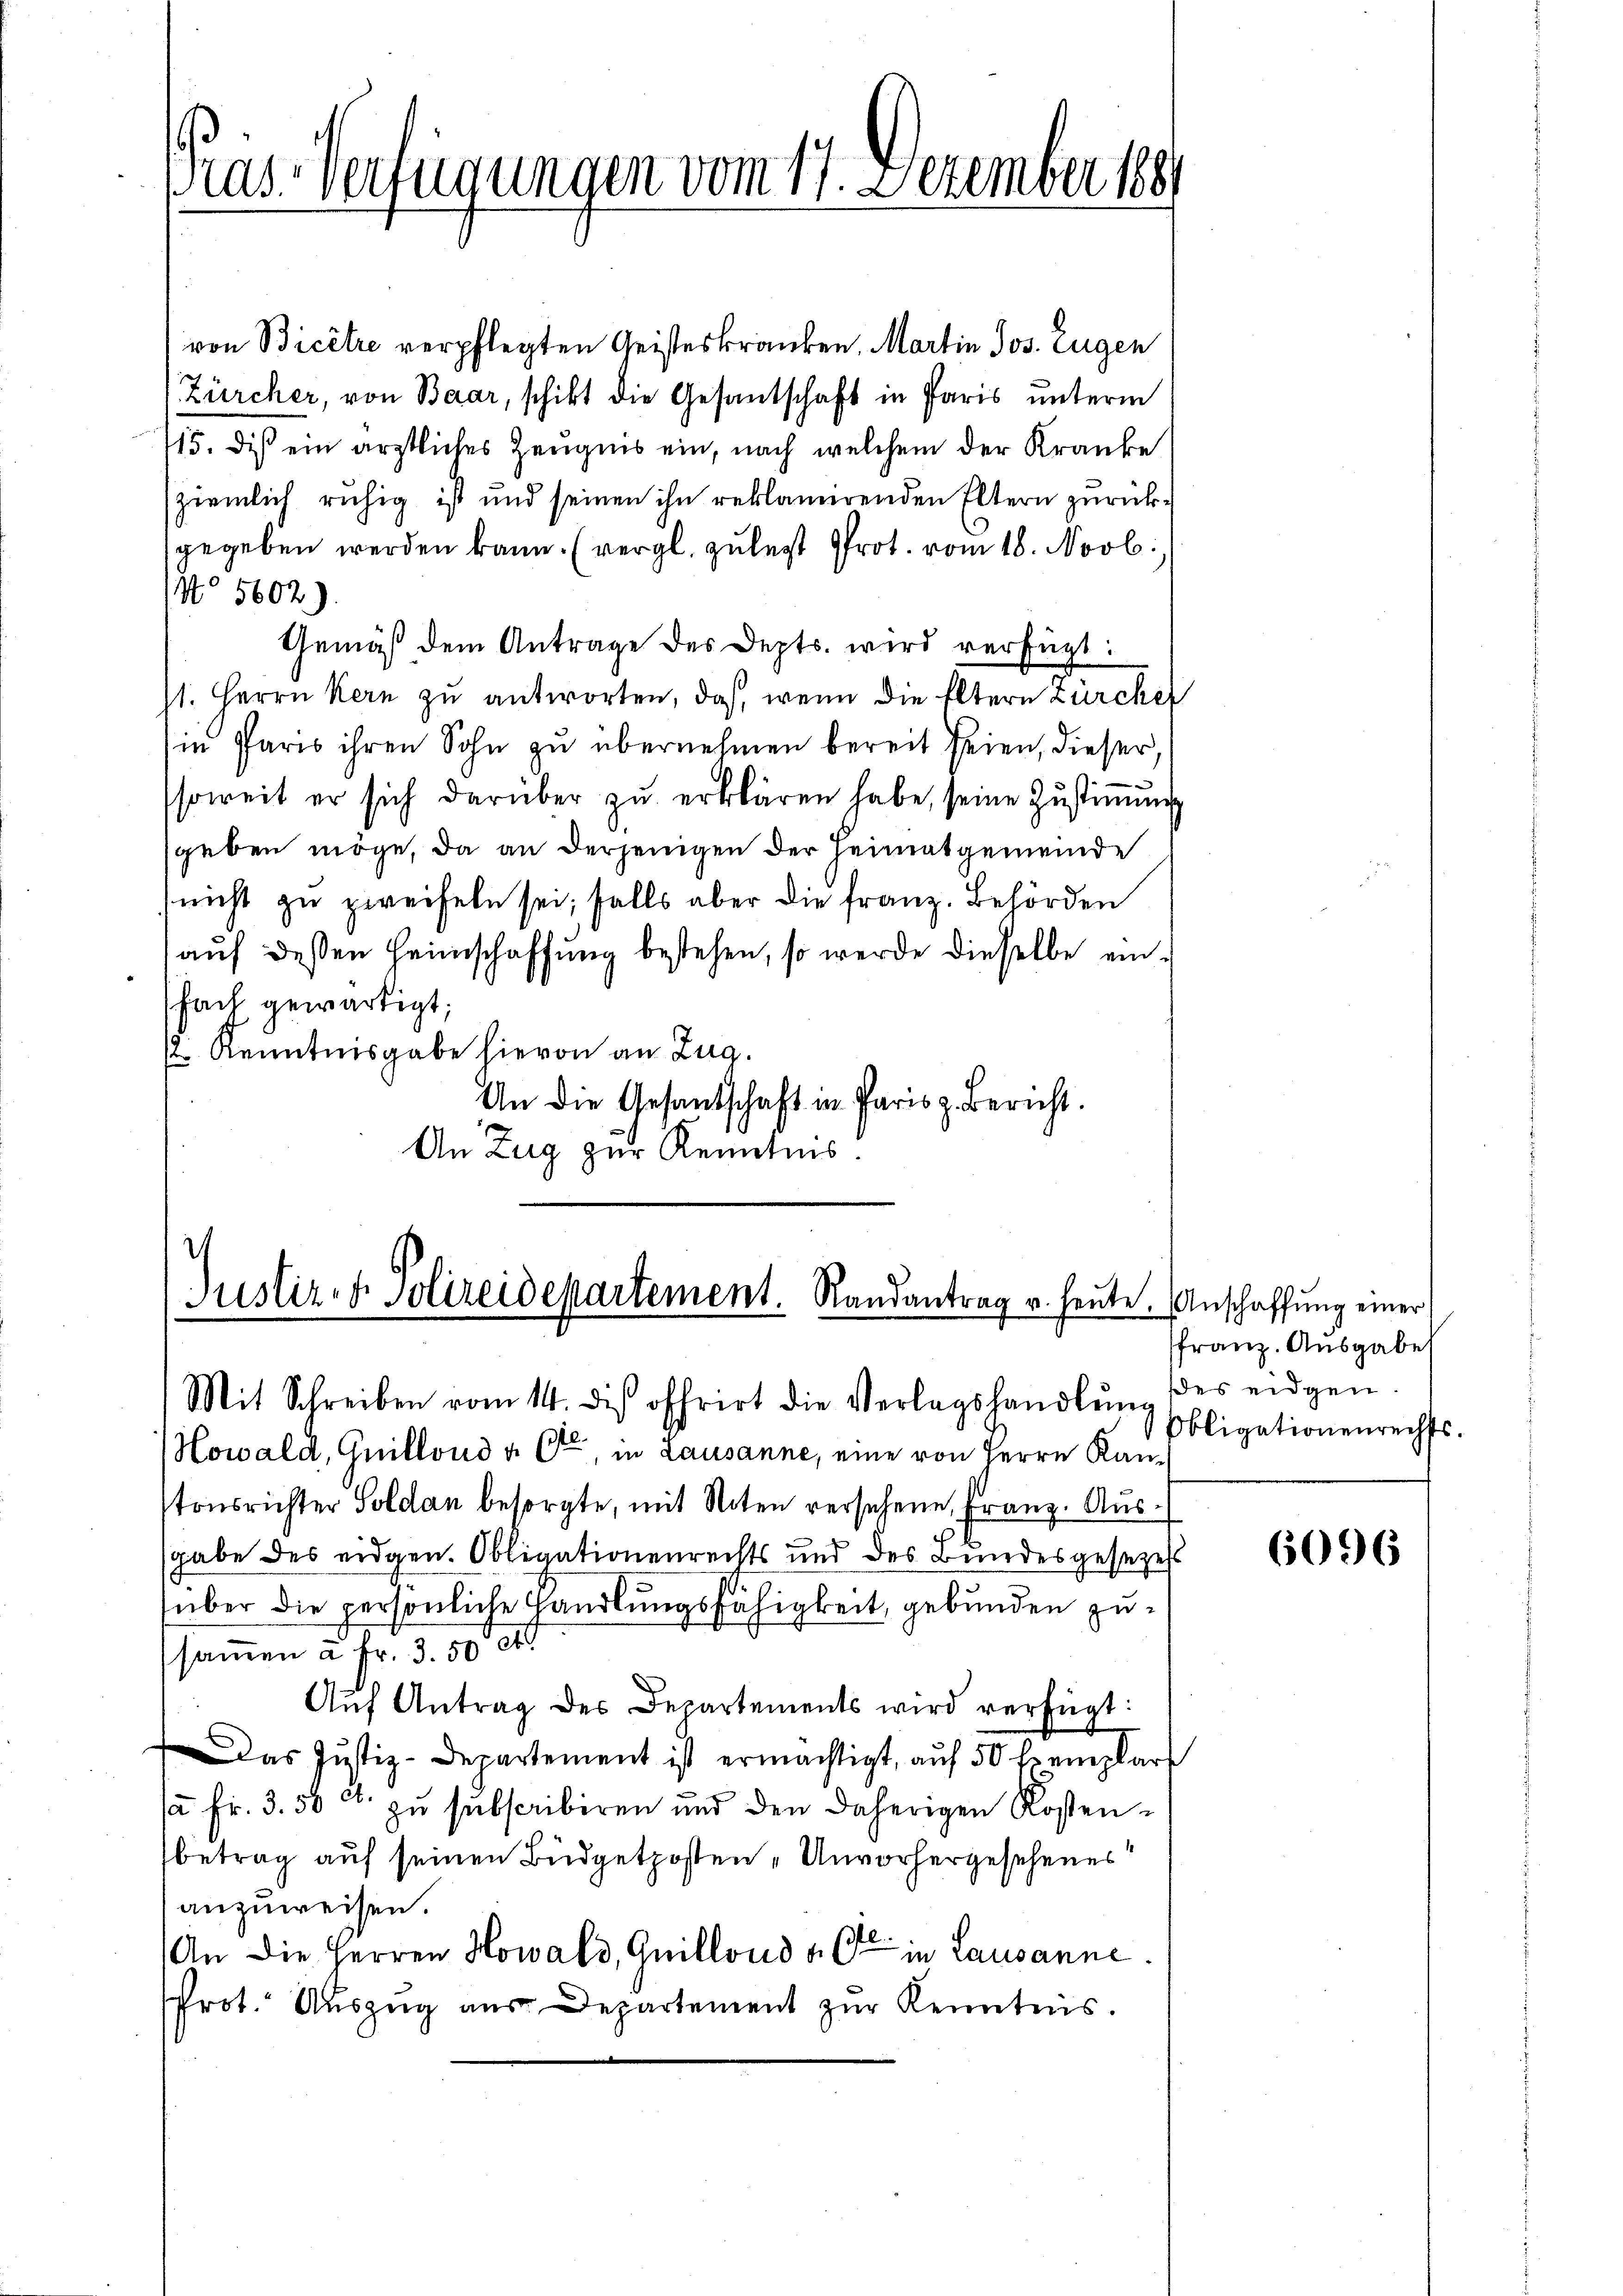
as Verfügungen vom 17. Dezember 1881

von Bicêtre verpflegten Geisteskranken, Martin Jos. Eugen
Zürcher, von Baar, schikt die Gesantschaft in Paris unterm
115. dis ein ärztliches Zeŭgnis ein, nach welchem der Kranke
ziemlich ruhig ist und seinen ihn reklamirenden Eltern zurückgegeben werden kann. (vergl. zulegt Prot. vom 18. Novb.
No 5602)
Gemäß dem Antrage des Depts. wird verfügt:
st. Herrn Kern zu antworten, das, wenn die Eltern Zürcher
in Paris ihren Sohn zu übernehmen bereit seien, dieser
soweit er sich darüber zŭ erklären habe, seine Zŭstiṁŭng
geben möge, da an derjenigen der Heimatgemeinde
(nicht zu zweifeln sei; falls aber die franz. Behörden
auf dessen Heimschaffung bestehen, so werde dieselbe einfach gewärtigt;
 Kenntnisgabe hievon an Zug.
An die Gesandschaft in Paris z. Bericht.
An Zug zur Kenntnis.

.
Justiz- & Polizeidepartement. Randantrag u. heute.
Mit Schreiben vom 14. di offrirt die Verlagshandlŭng

Kowald, Guillond & Otten, in Lausanne, eine von Herrn Kanstonsrichter Soldan besorgte, mit Noten versehene Franz. Aussgabe des eidgen. Obligationenrechts und des Bundesgesezess
über die persönliche Handlungsfähigkeit, gebunden zusamen à Fr. 3. 50 e
Aŭf Antrag des Departements wird verfügt:
Das Justiz-Departement ist ermächtigt, auf 50 Exemplar
/a Fr. 3. 50 r. zu subscribiren und den daherigen Kostenbetrag auf seinen Büdgetposten „Unvorhergesehenes
anzuweisen.
An die Herren Kowald, Guillond & Cie in Lausanne.
Prot. Auszug aus Departement zur Kenntnis.

Anschaffung einer
franz. Ausgabe
des eidgen
Obligationenrechts.

6096